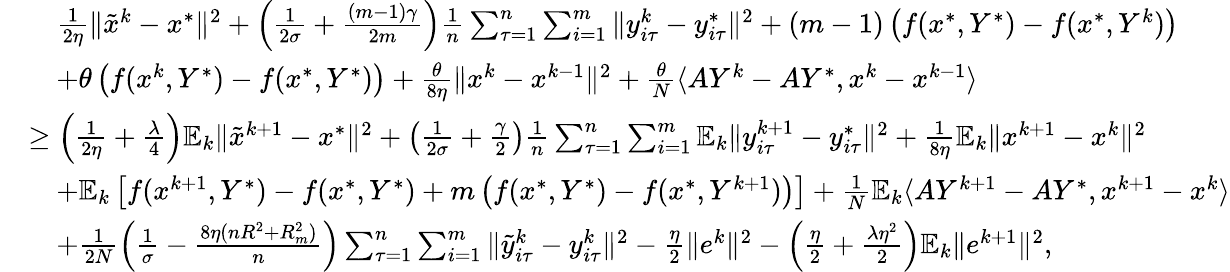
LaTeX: \begin{array}{rl}&{\quad\frac{1}{2\eta}\| {\tilde{x}}^{k}-x^{*}\| ^{2}+\left(\frac{1}{2\sigma}+\frac{(m-1)\gamma}{2m}\right)\frac{1}{n}\sum_{\tau=1}^{n}\sum_{i=1}^{m}\| y_{i\tau}^{k}-y_{i\tau}^{*}\| ^{2}+(m-1)\left(f(x^{*},Y^{*})-f(x^{*},Y^{k})\right)}\\ &{\quad+\theta\left(f(x^{k},Y^{*})-f(x^{*},Y^{*})\right)+\frac{\theta}{8\eta}\| x^{k}-x^{k-1}\| ^{2}+\frac{\theta}{N}\langle AY^{k}-AY^{*},x^{k}-x^{k-1}\rangle}\\ &{\geq\left(\frac{1}{2\eta}+\frac{\lambda}{4}\right)\mathbb{E}_{k}\| {\tilde{x}}^{k+1}-x^{*}\| ^{2}+\left(\frac{1}{2\sigma}+\frac{\gamma}{2}\right)\frac{1}{n}\sum_{\tau=1}^{n}\sum_{i=1}^{m}\mathbb{E}_{k}\| y_{i\tau}^{k+1}-y_{i\tau}^{*}\| ^{2}+\frac{1}{8\eta}\mathbb{E}_{k}\| x^{k+1}-x^{k}\| ^{2}}\\ &{\quad+\mathbb{E}_{k}\left[f(x^{k+1},Y^{*})-f(x^{*},Y^{*})+m\left(f(x^{*},Y^{*})-f(x^{*},Y^{k+1})\right)\right]+\frac{1}{N}\mathbb{E}_{k}\langle AY^{k+1}-AY^{*},x^{k+1}-x^{k}\rangle}\\ &{\quad+\frac{1}{2N}\left(\frac{1}{\sigma}-\frac{8\eta(nR^{2}+R_{m}^{2})}{n}\right)\sum_{\tau=1}^{n}\sum_{i=1}^{m}\| {\tilde{y}}_{i\tau}^{k}-y_{i\tau}^{k}\| ^{2}-\frac{\eta}{2}\| e^{k}\| ^{2}-\left(\frac{\eta}{2}+\frac{\lambda\eta^{2}}{2}\right)\mathbb{E}_{k}\| e^{k+1}\| ^{2},}\end{array}